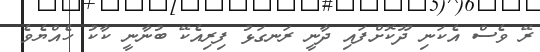
ރޭ ވެސް އެކަނި ދޫކޮށްފައި ދާނީ ރަނގަޅު ފިރިއެކޭ ބުނާނީ ކާކު ހެއްޔެވެ